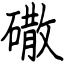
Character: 䃟